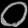
Digit: ၀